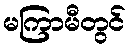
မကြာမီတွင်